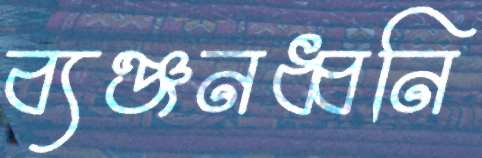
ব্যঞ্জনধ্বনি